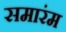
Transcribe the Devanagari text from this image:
समारंम